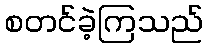
စတင်ခဲ့ကြသည်